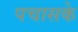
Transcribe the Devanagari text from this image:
पचासके